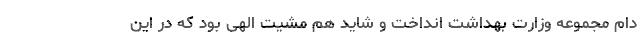
دام مجموعه وزارت بهداشت انداخت و شاید هم مشیت الهی بود که در این